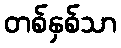
တစ်နှစ်သာ